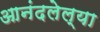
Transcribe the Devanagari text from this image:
आनंदलेल्या